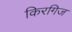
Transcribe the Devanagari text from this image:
किरगिज